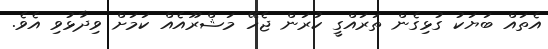
އެތައް ބަޔަކު ގުޅިގެން ތަރައްގީ ކުރަން ޖެހޭ މަޝްރޫއެއް ކަމަށް ވިދާޅުވި އެވެ.